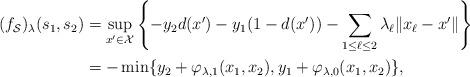
LaTeX: \begin{align*}(f_{\mathcal{S}})_{\lambda}(s_1, s_2) & = \sup_{ x^\prime \in \mathcal{X}}\left\{ - y_2 d(x') - y_1 (1 - d(x')) - \sum_{1 \leq \ell \leq 2} \lambda_\ell \| x_\ell - x' \| \right\} \\& = - \min\{ y_2 + \varphi_{\lambda, 1} (x_1, x_2), y_1 + \varphi_{\lambda, 0} (x_1, x_2) \},\end{align*}